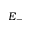
E _ { - }